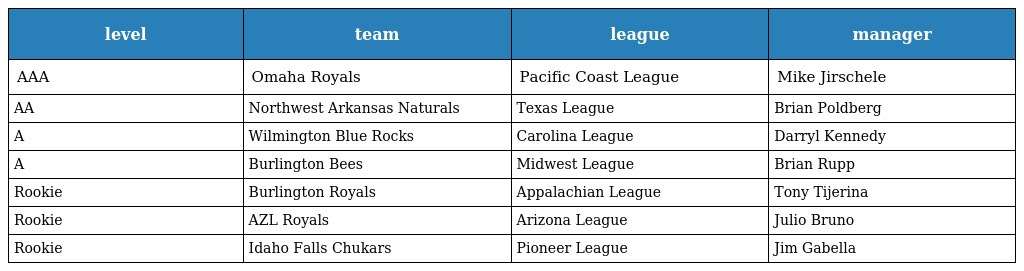
| level | team | league | manager |
 | --- | --- | --- | --- |
 | AAA | Omaha Royals | Pacific Coast League | Mike Jirschele |
 | AA | Northwest Arkansas Naturals | Texas League | Brian Poldberg |
 | A | Wilmington Blue Rocks | Carolina League | Darryl Kennedy |
 | A | Burlington Bees | Midwest League | Brian Rupp |
 | Rookie | Burlington Royals | Appalachian League | Tony Tijerina |
 | Rookie | AZL Royals | Arizona League | Julio Bruno |
 | Rookie | Idaho Falls Chukars | Pioneer League | Jim Gabella |